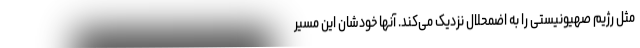
مثل رژیم صهیونیستی را به اضمحلال نزدیک می‌کند. آنها خودشان این مسیر